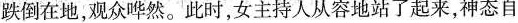
跌倒在地，观众哗然。此时，女主持人从容地站了起来，神态自